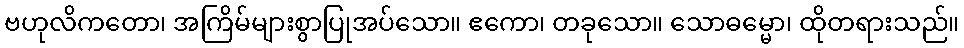
ဗဟုလိကတော၊ အကြိမ်များစွာပြုအပ်သော။ ဧကော၊ တခုသော။ သောဓမ္မော၊ ထိုတရားသည်။